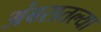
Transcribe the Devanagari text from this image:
अंबरातल्या